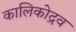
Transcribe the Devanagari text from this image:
कालिकोद्रव